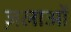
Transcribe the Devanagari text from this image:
ज़लाओं